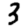
Digit: 3